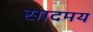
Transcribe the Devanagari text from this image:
सादमय